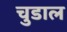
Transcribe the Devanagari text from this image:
चुडाल